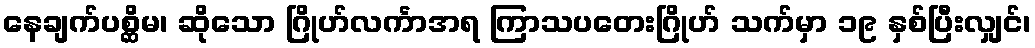
နေချက်ပစ္ဆိမ၊ ဆိုသော ဂြိုဟ်လင်္ကာအရ ကြာသပတေးဂြိုဟ် သက်မှာ ၁၉ နှစ်ပြီးလျှင်၊